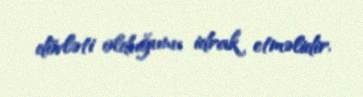
dövləti olduğunu idrak etməlidir.